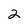
Character: 2